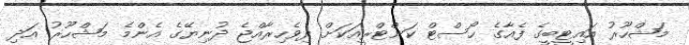
މަޝްހޫރު އައިޓީބީގެ ފެއާގެ ހޯސްޓް ކަންޓްރީއަކަށް ދިވެހިރާއްޖެ ދުނިޔޭގެ އެންމެ މަޝްހޫރު އަދި